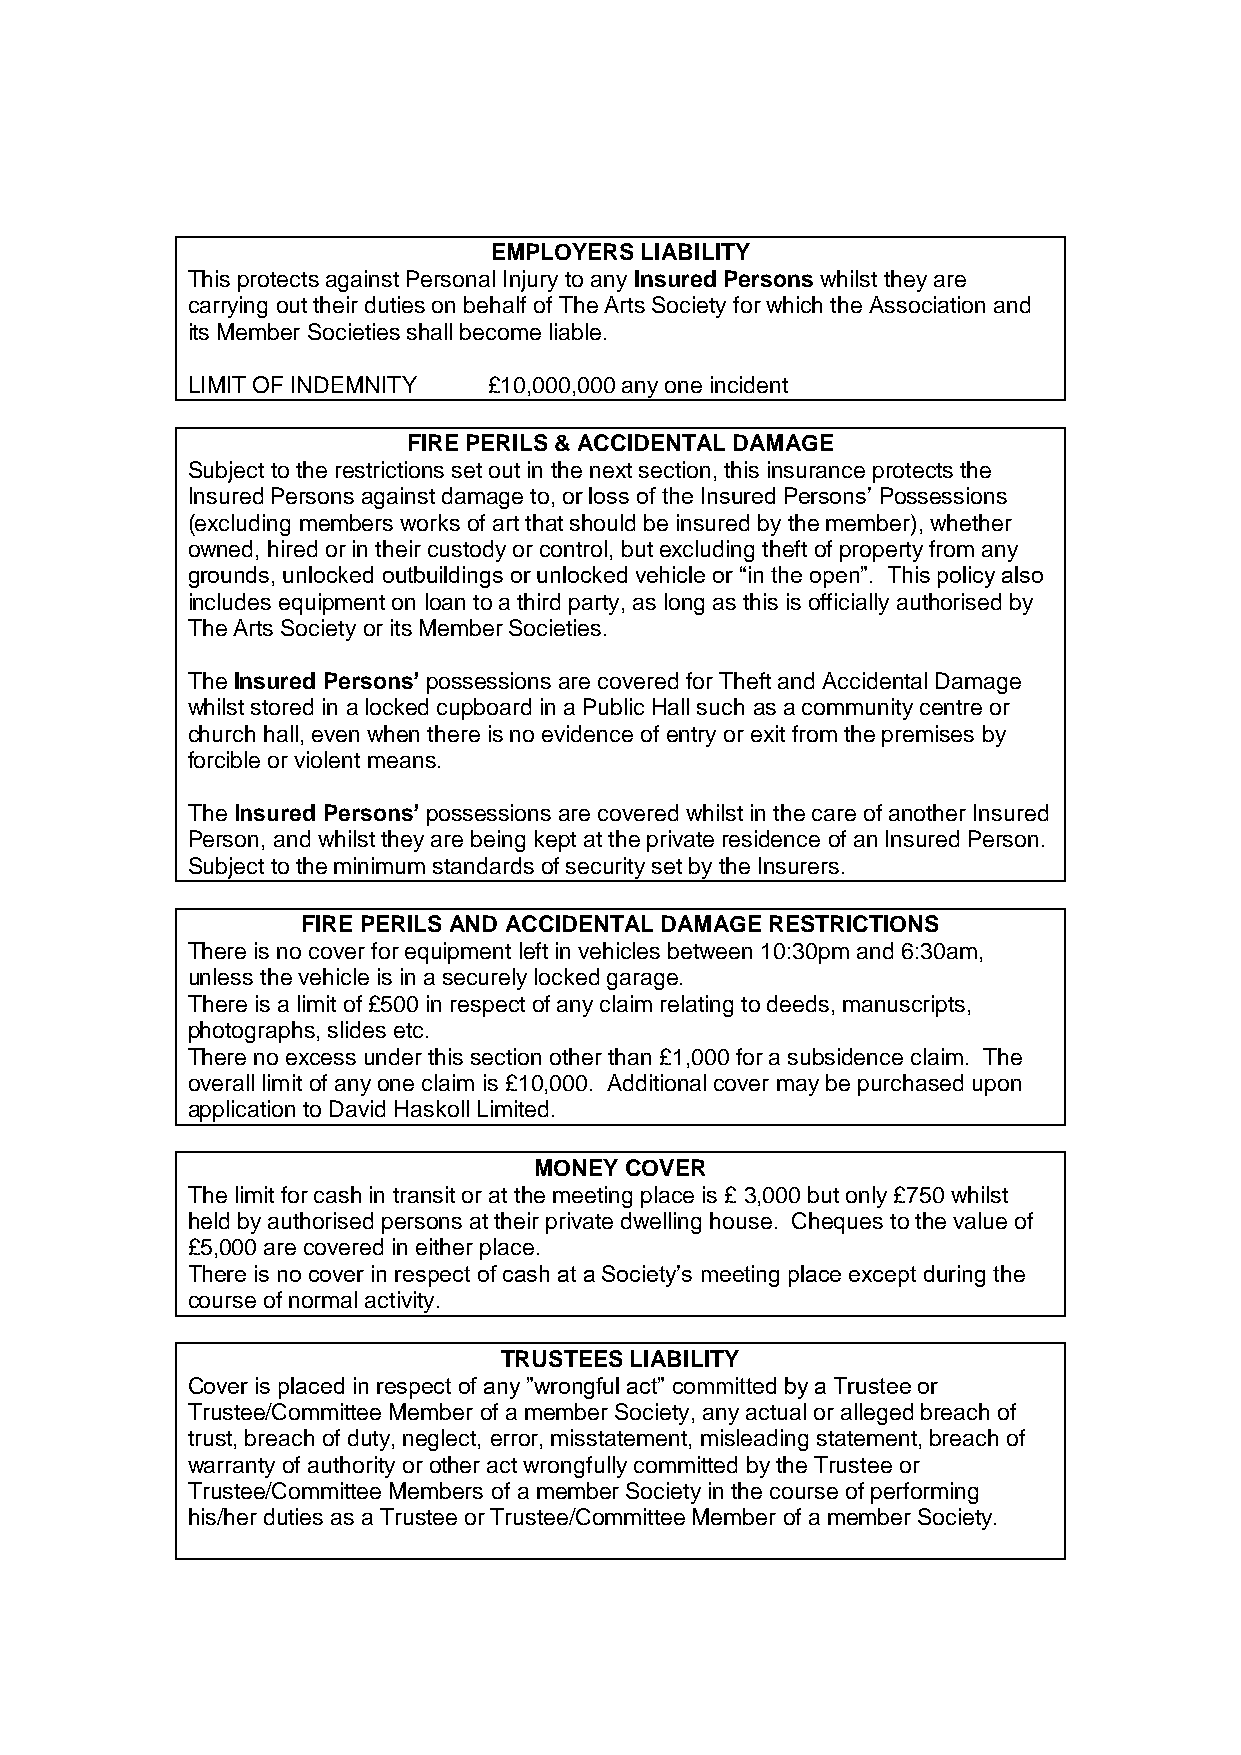
EMPLOYERS LIABILITY
 This protects against Personal Injury to any Insured Persons whilst they are
 carrying out their duties on behalf of The Arts Society for which the Association and
 its Member Societies shall become liable.
 LIMIT OF INDEMNITY  £10,000,000 any one incident
 FIRE PERILS & ACCIDENTAL DAMAGE
 Subject to the restrictions set out in the next section, this insurance protects the
 Insured Persons against damage to, or loss of the Insured Persons’ Possessions
 (excluding members works of art that should be insured by the member), whether
 owned, hired or in their custody or control, but excluding theft of property from any
 grounds, unlocked outbuildings or unlocked vehicle or “in the open”. This policy also
 includes equipment on loan to a third party, as long as this is officially authorised by
 The Arts Society or its Member Societies.
 The Insured Persons’ possessions are covered for Theft and Accidental Damage
 whilst stored in a locked cupboard in a Public Hall such as a community centre or
 church hall, even when there is no evidence of entry or exit from the premises by
 forcible or violent means.
 The Insured Persons’ possessions are covered whilst in the care of another Insured
 Person, and whilst they are being kept at the private residence of an Insured Person.
 Subject to the minimum standards of security set by the Insurers.
 FIRE PERILS AND ACCIDENTAL DAMAGE RESTRICTIONS
 There is no cover for equipment left in vehicles between 10:30pm and 6:30am,
 unless the vehicle is in a securely locked garage.
 There is a limit of £500 in respect of any claim relating to deeds, manuscripts,
 photographs, slides etc.
 There no excess under this section other than £1,000 for a subsidence claim. The
 overall limit of any one claim is £10,000. Additional cover may be purchased upon
 application to David Haskoll Limited.
 MONEY COVER
 The limit for cash in transit or at the meeting place is £ 3,000 but only £750 whilst
 held by authorised persons at their private dwelling house. Cheques to the value of
 £5,000 are covered in either place.
 There is no cover in respect of cash at a Society’s meeting place except during the
 course of normal activity.
 TRUSTEES LIABILITY
 Cover is placed in respect of any ”wrongful act” committed by a Trustee or
 Trustee/Committee Member of a member Society, any actual or alleged breach of
 trust, breach of duty, neglect, error, misstatement, misleading statement, breach of
 warranty of authority or other act wrongfully committed by the Trustee or
 Trustee/Committee Members of a member Society in the course of performing
 his/her duties as a Trustee or Trustee/Committee Member of a member Society.